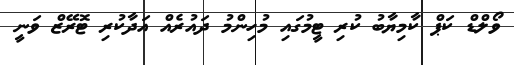
ވޯލްޑް ކަޕް ކާމިޔާބު ކުރި ޓީމުގައި މުހިންމު ދައުރެއް އަދާކުރި ޓޮރޭޒް ވަނީ